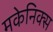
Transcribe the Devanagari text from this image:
मकेनिक्स